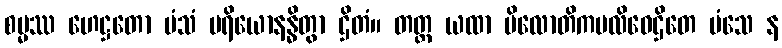
စမ္မဿ ဟေဋ္ဌတော မံသံ ပရိယောနန္ဓိတွာ ဌိတံ။ တတ္ထ ယထာ ပိလောတိကပလိဝေဌိတေ မံသေ န